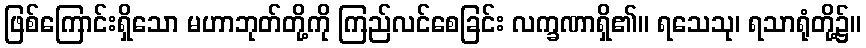
ဖြစ်ကြောင်းရှိသော မဟာဘုတ်တို့ကို ကြည်လင်စေခြင်း လက္ခဏာရှိ၏။ ရသေသု၊ ရသာရုံတို့၌။